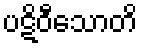
ပဋိဝီသောတိ